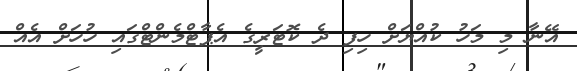
އޭނާ މި މަހު ކުއްޔަށް ހިފި ދެ ކޮޓަރީގެ އެޕާޓްމެންޓްގައި ހުހަށް އެއް